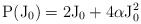
\begin{align*}\rm P(\rm J_0) = 2 \rm J_0 + 4 \alpha \rm J_0^2\end{align*}